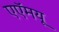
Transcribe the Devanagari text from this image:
एएॅमयू